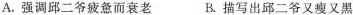
A.强调邱二爷疲惫而衰老 B.描写出邱二爷又瘦又黑